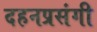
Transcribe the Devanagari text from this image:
दहनप्रसंगी